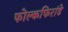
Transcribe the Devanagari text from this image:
फोल्कफिरांडे